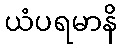
ယံပရမာနိ